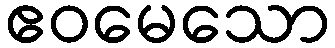
ဧဝမေသော